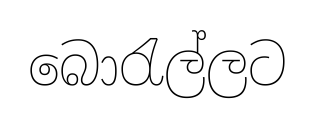
බොරැල්ලට